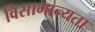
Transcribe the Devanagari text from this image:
विसामान्यता